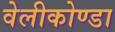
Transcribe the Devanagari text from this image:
वेलीकोण्डा